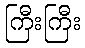
ကြီးကြီး